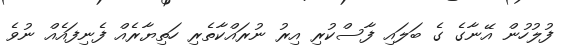
ފުލުހުން އޭނާގެ ގެ ބަލައި ފާސްކުރި އިރު ނުރައްކާތެރި ހަތިޔާރެއް ފެނިފައެއް ނުވެ